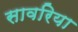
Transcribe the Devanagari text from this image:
सावरिया